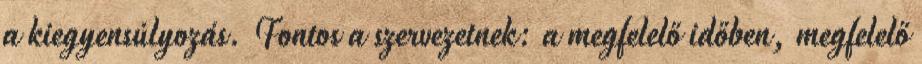
a kiegyensúlyozás. Fontos a szervezetnek: a megfelelő időben, megfelelő